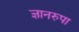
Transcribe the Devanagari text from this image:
ज्ञानरुपा